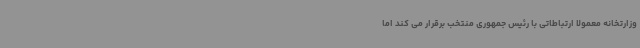
وزارتخانه معمولا ارتباطاتی با رئیس جمهوری منتخب برقرار می کند اما